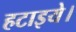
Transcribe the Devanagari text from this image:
हटाइये।